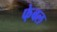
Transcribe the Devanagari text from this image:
फे़बल